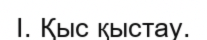
І. Қыс қыстау.